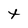
Character: t